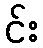
င်း